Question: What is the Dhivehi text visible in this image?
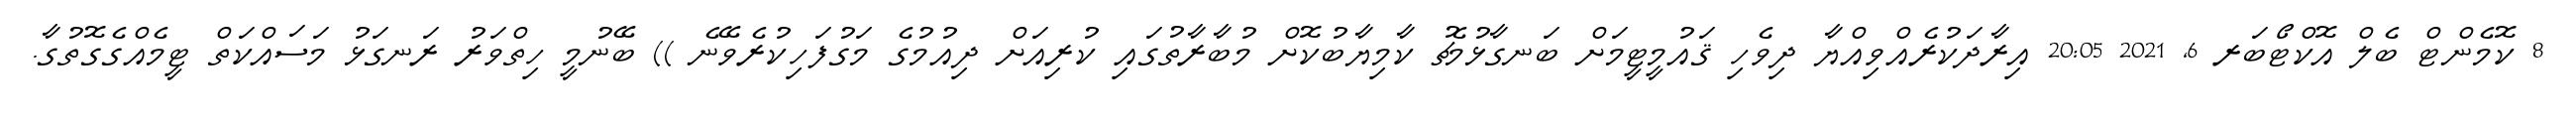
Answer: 8 ކޮމެންޓް ބެލް އޮކްޓޯބަރ 6, 2021 20:05 އިރާދަކުރެއްވިއްޔާ ދިވެހި ޤައުމީޓީމަށް ބަނގާޅުމެޗު ކާމިޔާބުކޮށް މުބާރާތުގައި ކުރިއަށް ދިއުމުގެ މަގުފަހިކުރެވޭނެ )) ބޭނުމީ ހިތްވަރު ރަނގަޅު މަސައްކަތް ޓީމެއްގެގޮތުގާ.